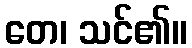
တေ၊ သင်၏။